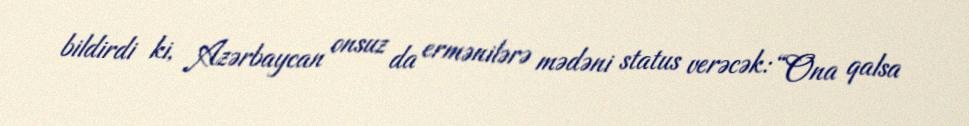
bildirdi ki, Azərbaycan onsuz da ermənilərə mədəni status verəcək: “Ona qalsa